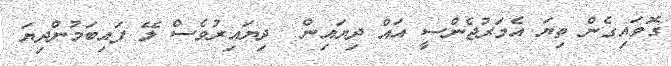
ގޮވައިގެން ތިޔަ އެމަރުޖެންސީ އައް ދިޔައިން  ދިޔައިރުވެސް ލޭ ފައިބަމުންދިޔަ